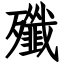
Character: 殲